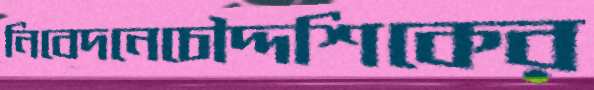
নিবেদনেচৌদ্দশিকের